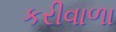
કરીવાળા